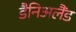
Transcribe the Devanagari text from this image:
डैनिअलैंड